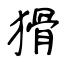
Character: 猾